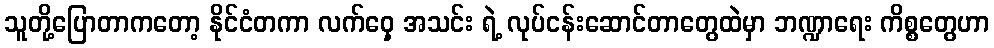
သူတို့ပြောတာကတော့ နိုင်ငံတကာ လက်ဝှေ့ အသင်း ရဲ့ လုပ်ငန်းဆောင်တာတွေထဲမှာ ဘဏ္ဍာရေး ကိစ္စတွေဟာ